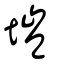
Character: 塏